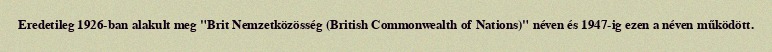
Eredetileg 1926-ban alakult meg "Brit Nemzetközösség (British Commonwealth of Nations)" néven és 1947-ig ezen a néven működött.